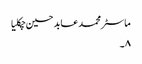
ماسٹر محمد عابد حسین چکلیا
۸۔